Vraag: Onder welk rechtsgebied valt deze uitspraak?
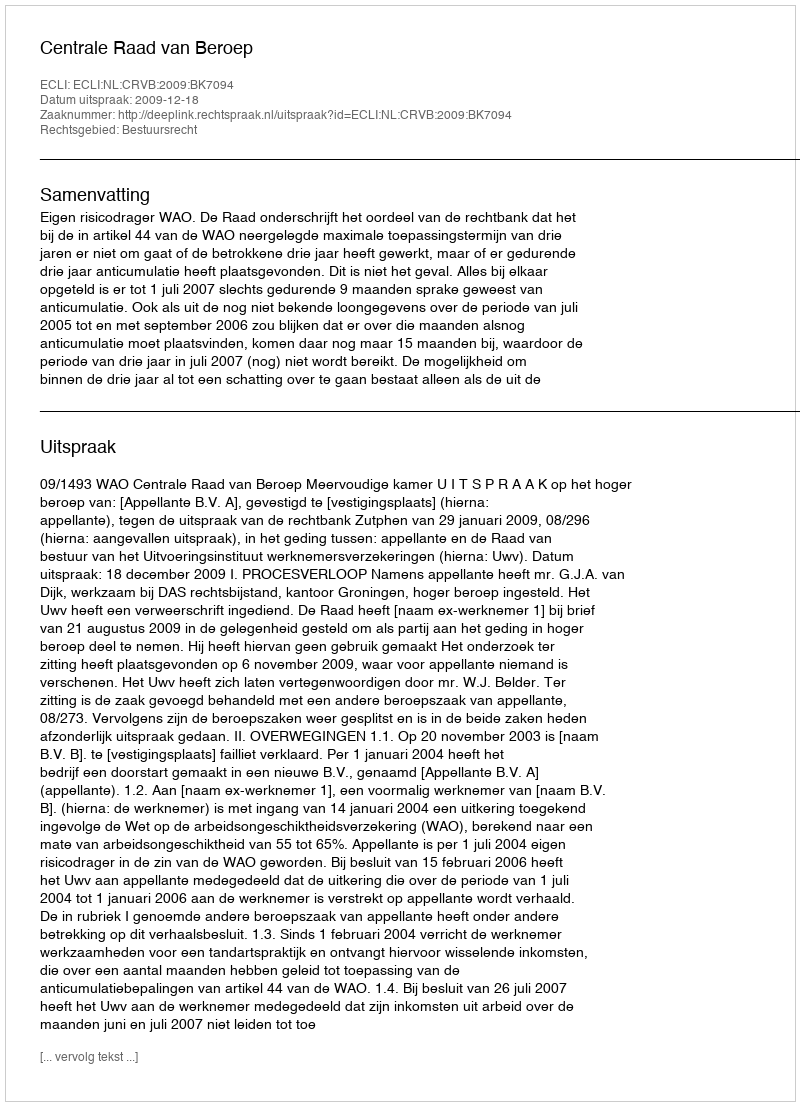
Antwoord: Bestuursrecht